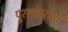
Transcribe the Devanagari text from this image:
पुरस्काराशी